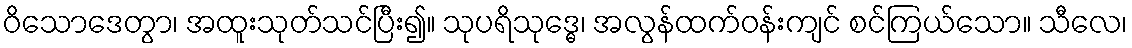
ဝိသောဒေတွာ၊ အထူးသုတ်သင်ပြီး၍။ သုပရိသုဒ္ဓေ၊ အလွန်ထက်ဝန်းကျင် စင်ကြယ်သော။ သီလေ၊